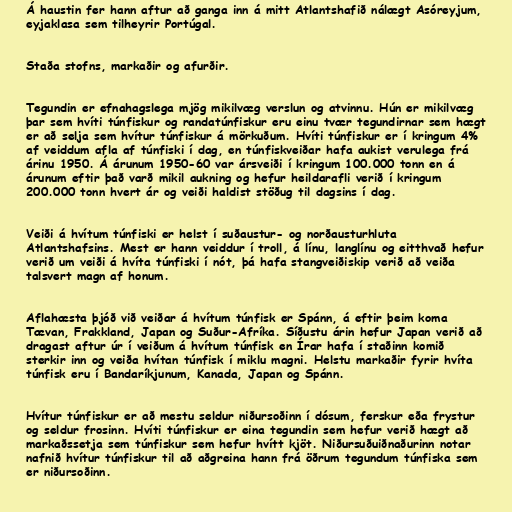
Á haustin fer hann aftur að ganga inn á mitt Atlantshafið nálægt Asóreyjum,
eyjaklasa sem tilheyrir Portúgal.

Staða stofns, markaðir og afurðir.

Tegundin er efnahagslega mjög mikilvæg verslun og atvinnu. Hún er mikilvæg
þar sem hvíti túnfiskur og randatúnfiskur eru einu tvær tegundirnar sem hægt
er að selja sem hvítur túnfiskur á mörkuðum. Hvíti túnfiskur er í kringum 4%
af veiddum afla af túnfiski í dag, en túnfiskveiðar hafa aukist verulega frá
árinu 1950. Á árunum 1950-60 var ársveiði í kringum 100.000 tonn en á
árunum eftir það varð mikil aukning og hefur heildarafli verið í kringum
200.000 tonn hvert ár og veiði haldist stöðug til dagsins í dag.

Veiði á hvítum túnfiski er helst í suðaustur- og norðausturhluta
Atlantshafsins. Mest er hann veiddur í troll, á línu, langlínu og eitthvað hefur
verið um veiði á hvíta túnfiski í nót, þá hafa stangveiðiskip verið að veiða
talsvert magn af honum.

Aflahæsta þjóð við veiðar á hvítum túnfisk er Spánn, á eftir þeim koma
Tævan, Frakkland, Japan og Suður-Afríka. Síðustu árin hefur Japan verið að
dragast aftur úr í veiðum á hvítum túnfisk en Írar hafa í staðinn komið
sterkir inn og veiða hvítan túnfisk í miklu magni. Helstu markaðir fyrir hvíta
túnfisk eru í Bandaríkjunum, Kanada, Japan og Spánn.

Hvítur túnfiskur er að mestu seldur niðursoðinn í dósum, ferskur eða frystur
og seldur frosinn. Hvíti túnfiskur er eina tegundin sem hefur verið hægt að
markaðssetja sem túnfiskur sem hefur hvítt kjöt. Niðursuðuiðnaðurinn notar
nafnið hvítur túnfiskur til að aðgreina hann frá öðrum tegundum túnfiska sem
er niðursoðinn.